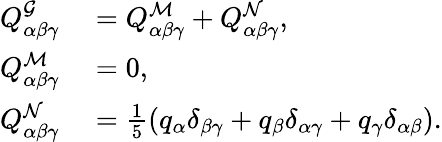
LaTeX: \begin{array}{rl}{Q_{\alpha\beta\gamma}^{\mathcal{G}}}&{{}=Q_{\alpha\beta\gamma}^{\mathcal{M}}+Q_{\alpha\beta\gamma}^{\mathcal{N}},}\\ {Q_{\alpha\beta\gamma}^{\mathcal{M}}}&{{}=0,}\\ {Q_{\alpha\beta\gamma}^{\mathcal{N}}}&{{}=\frac{1}{5}\left(q_{\alpha}\delta_{\beta\gamma}+q_{\beta}\delta_{\alpha\gamma}+q_{\gamma}\delta_{\alpha\beta}\right).}\end{array}